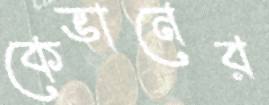
কেভানের